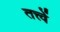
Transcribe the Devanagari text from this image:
तत्त्वें